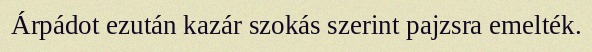
Árpádot ezután kazár szokás szerint pajzsra emelték.